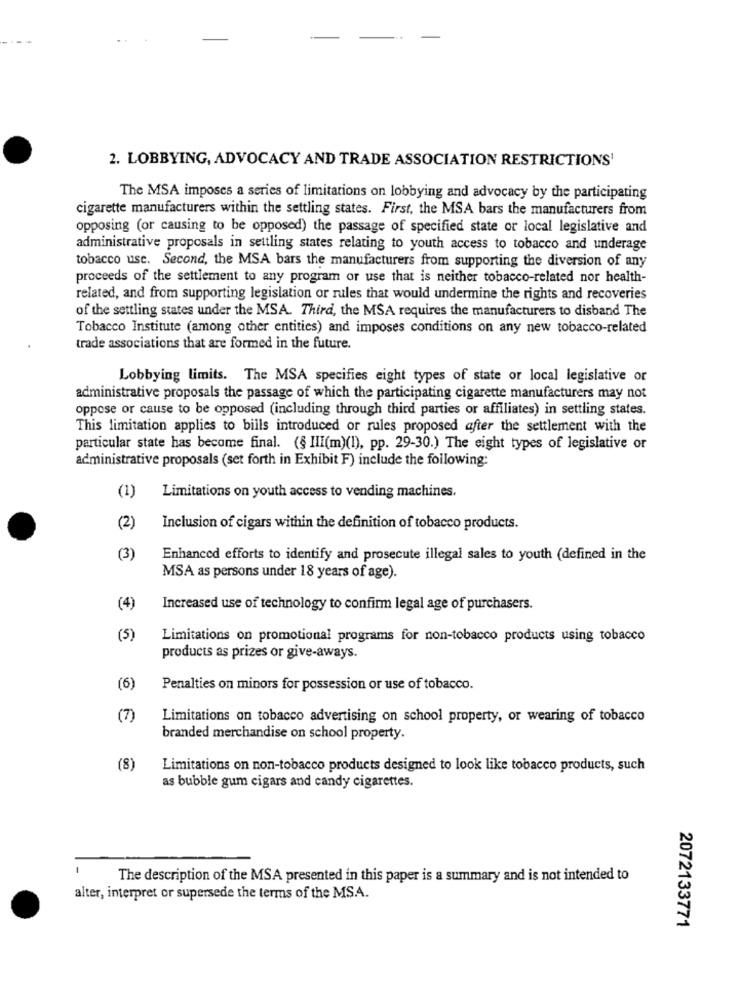
2. LOBBYING, ADVOCACY AND TRADE ASSOCIATION RESTRICTIONS'
The MSA imposes a series of limitations on lobbying and advocacy by the participating
cigarette manufacturers within the settling states. First, the MSA bars the manufacturers from
opposing (or causing to be opposed) the passage of specified state or local legislative and
administrative proposals in settling states relating to youth access to tobacco and underage
tobacco use. Second, the MSA bars the manufacturers from supporting the diversion of any
proceeds of the settlement to any program or use that is neither tobacco-related nor health-
related, and from supporting legislation or rules that would undermine the rights and recoveries
of the settling states under the MSA. Third, the MSA requires the manufacturers to disband The
Tobacco Institute (among other entities) and imposes conditions on any new tobacco-related
trade associations that are formed in the future.
Lobbying limits. The MSA specifies eight types of state or local legislative or
administrative proposals the passage of which the participating cigarette manufacturers may not
oppose or cause to be opposed (including through third parties or affiliates) in settling states.
This limitation applies to bills introduced or rules proposed after the settlement with the
particular state has become final. (§ III(m)(1), pp. 29-30.) The eight types of legislative or
administrative proposals (set forth in Exhibit F) include the following:
(1)
Limitations on youth access to vending machines.
(2)
Inclusion of cigars within the definition of tobacco products.
(3)
Enhanced efforts to identify and prosecute illegal sales to youth (defined in the
MSA as persons under 18 years of age).
(4)
Increased use of technology to confirm legal age of purchasers.
(5)
Limitations on promotional programs for non-tobacco products using tobacco
products as prizes or give-aways.
(6)
Penalties on minors for possession or use of tobacco.
(7)
Limitations on tobacco advertising on school property, or wearing of tobacco
branded merchandise on school property.
(8)
Limitations on non-tobacco products designed to look like tobacco products, such
as bubble gum cigars and candy cigarettes.
The description of the MSA presented in this paper is a summary and is not intended to
alter, interpret or supersede the terms of the MS.A.
2072133771